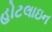
હોટલાઇન